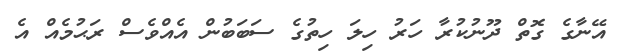
އޭނާގެ ގޮތް ދޫނުކުރާ ހަރު ހިލަ ހިތުގެ ސަބަބުން އެއްވެސް ރަޙުމެއް އެ